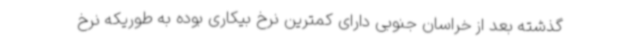
گذشته بعد از خراسان جنوبی دارای کمترین نرخ بیکاری بوده به طوریکه نرخ